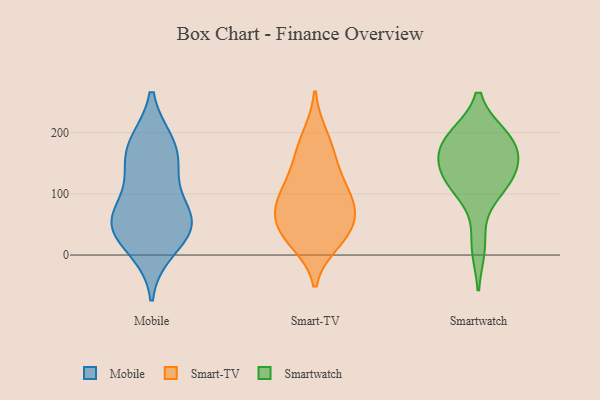
{"axis": {"x": "Temperature (°C)", "y": "Value"}, "legend": ["Mobile", "Smart-TV", "Smartwatch"], "data": [{"x": "", "y": 182, "type": "Mobile"}, {"x": "", "y": 152, "type": "Mobile"}, {"x": "", "y": 62, "type": "Mobile"}, {"x": "", "y": 182, "type": "Mobile"}, {"x": "", "y": 38, "type": "Mobile"}, {"x": "", "y": 131, "type": "Mobile"}, {"x": "", "y": 60, "type": "Mobile"}, {"x": "", "y": 62, "type": "Mobile"}, {"x": "", "y": 48, "type": "Mobile"}, {"x": "", "y": 10, "type": "Mobile"}, {"x": "", "y": 139, "type": "Smart-TV"}, {"x": "", "y": 55, "type": "Smart-TV"}, {"x": "", "y": 94, "type": "Smart-TV"}, {"x": "", "y": 194, "type": "Smart-TV"}, {"x": "", "y": 22, "type": "Smart-TV"}, {"x": "", "y": 83, "type": "Smart-TV"}, {"x": "", "y": 106, "type": "Smart-TV"}, {"x": "", "y": 165, "type": "Smart-TV"}, {"x": "", "y": 35, "type": "Smart-TV"}, {"x": "", "y": 75, "type": "Smart-TV"}, {"x": "", "y": 35, "type": "Smart-TV"}, {"x": "", "y": 190, "type": "Smartwatch"}, {"x": "", "y": 171, "type": "Smartwatch"}, {"x": "", "y": 116, "type": "Smartwatch"}, {"x": "", "y": 123, "type": "Smartwatch"}, {"x": "", "y": 158, "type": "Smartwatch"}, {"x": "", "y": 193, "type": "Smartwatch"}, {"x": "", "y": 191, "type": "Smartwatch"}, {"x": "", "y": 15, "type": "Smartwatch"}, {"x": "", "y": 142, "type": "Smartwatch"}, {"x": "", "y": 110, "type": "Smartwatch"}]}